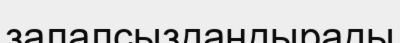
залалсыздандырады